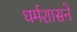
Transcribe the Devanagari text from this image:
धर्मशासने